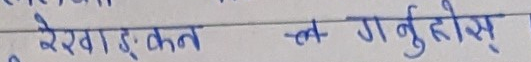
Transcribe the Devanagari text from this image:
रेखाङ्कन चल गनुहोस्